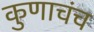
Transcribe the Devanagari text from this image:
कुणाचंच